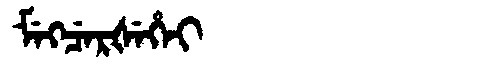
Manchu: ᠮᡝᡴᠴᡝᡵᡧᡝᡥᡝᡳ
Romanization: MEKCERŠEHEI